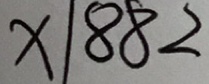
x \vert 8 8 2